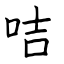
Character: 咭